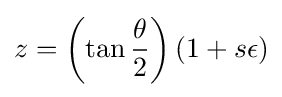
z=\left(\tan {\frac {\theta }{2}}\right)(1+s\epsilon )